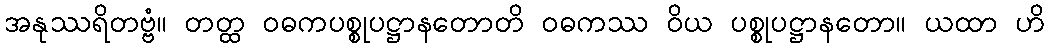
အနုဿရိတဗ္ဗံ။ တတ္ထ ဝဓကပစ္စုပဋ္ဌာနတောတိ ဝဓကဿ ဝိယ ပစ္စုပဋ္ဌာနတော။ ယထာ ဟိ